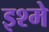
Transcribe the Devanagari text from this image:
इश्मे